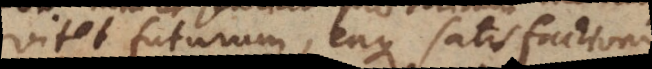
vitet futurum, eaque satisfactio